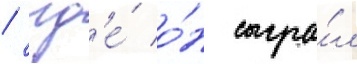
/ гд'е́ о́н сыгра́л